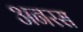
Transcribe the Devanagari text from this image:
अनरस